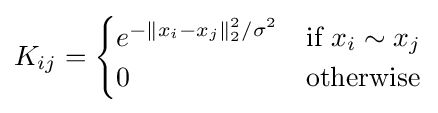
K_{ij}={\begin{cases}e^{-\|x_{i}-x_{j}\|_{2}^{2}/\sigma ^{2}}&{\text{if }}x_{i}\sim x_{j}\\0&{\text{otherwise}}\end{cases}}